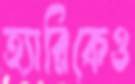
হ্যারিকেও